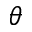
\theta